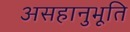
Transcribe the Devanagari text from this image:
असहानुभूति